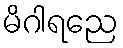
မိဂါရညေ